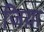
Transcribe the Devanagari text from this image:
जिय़ा